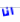
انا